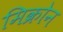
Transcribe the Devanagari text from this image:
मिक्रोन